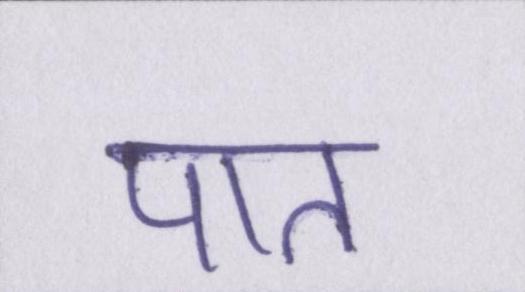
पात